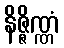
နိဇ္ဇိဏ္ဏံ